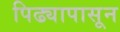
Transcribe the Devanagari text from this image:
पिढ्यापासून